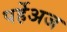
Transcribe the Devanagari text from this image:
पर्हेअज